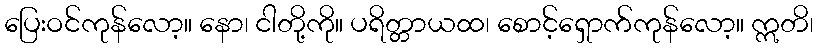
ပြေးဝင်ကုန်လော့။ နော၊ ငါတို့ကို။ ပရိတ္တာယထ၊ စောင့်ရှောက်ကုန်လော့။ ဣတိ၊